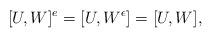
LaTeX: \begin{align*}[U,W]^e = [U,W^{\epsilon}] = [U,W],\end{align*}